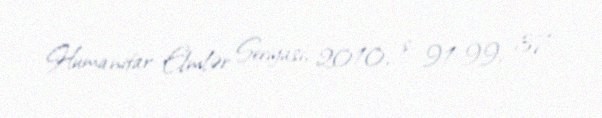
Humanitar Elmlər Seriyası, 2010, s. 91-99; 37.